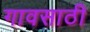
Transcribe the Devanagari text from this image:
गावसाठी